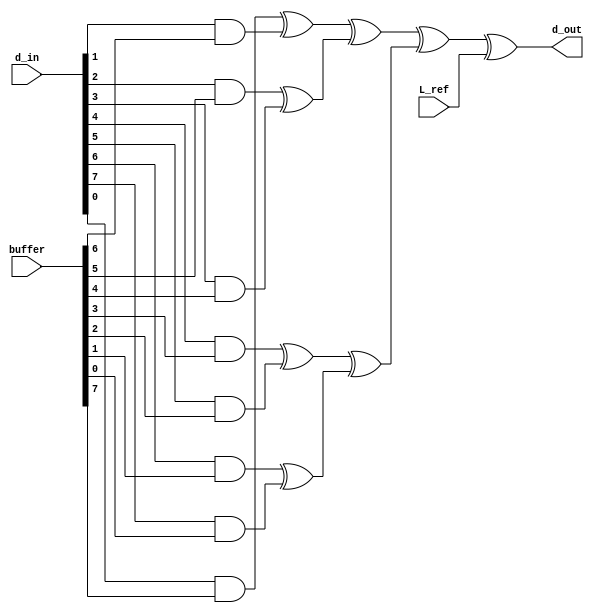
module parallel_cell(
			input[7:0] d_in,
			input	L_ref,
			input[7:0] buffer,
			output d_out
		     );

wire[7:0] b;
wire[3:0] c;
wire[1:0] d;
wire e;

generate
genvar i;
	for(i=0;i<8;i=i+1)
		begin:and_operation
			assign b[i]=d_in[i]&buffer[7-i];
		end
endgenerate

assign c[0]=b[0]^b[1];
assign c[1]=b[2]^b[3];
assign c[2]=b[4]^b[5];
assign c[3]=b[6]^b[7];
assign d[0]=c[0]^c[1];
assign d[1]=c[2]^c[3];
assign e=d[0]^d[1];
assign d_out=e^L_ref;

endmodule